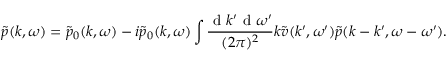
\tilde { p } ( k , \omega ) = \tilde { p } _ { 0 } ( k , \omega ) - i \tilde { p } _ { 0 } ( k , \omega ) \int \frac { \mathrm { ~ d ~ } k ^ { \prime } \mathrm { ~ d ~ } \omega ^ { \prime } } { ( 2 \pi ) ^ { 2 } } k \tilde { v } ( k ^ { \prime } , \omega ^ { \prime } ) \tilde { p } ( k - k ^ { \prime } , \omega - \omega ^ { \prime } ) .